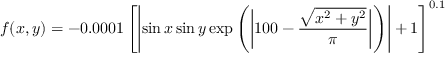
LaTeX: f ( x , y ) = - 0 . 0 0 0 1 \left[ \left| \sin x \sin y \exp \left( \left| 1 0 0 - { \frac { \sqrt { x ^ { 2 } + y ^ { 2 } } } { \pi } } \right| \right) \right| + 1 \right] ^ { 0 . 1 }